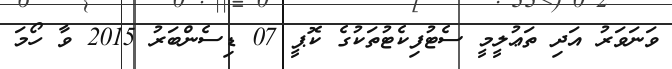
ވަނަވަރު އަދި ތަޢުލީމީ ސެޓުފިކެޓުތަކުގެ ކޮޕީ 07 ޑިސެންބަރު 2015 ވާ ހޯމަ